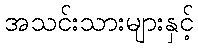
အသင်းသားများနှင့်